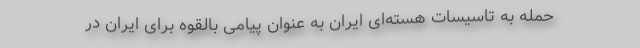
حمله به تاسیسات هسته‌ای ایران به عنوان پیامی بالقوه برای ایران در